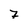
Character: 7